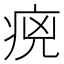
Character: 𤵻